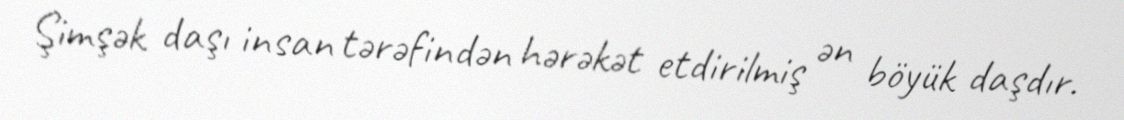
Şimşək daşı insan tərəfindən hərəkət etdirilmiş ən böyük daşdır.